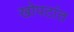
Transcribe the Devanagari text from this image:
खोपटांत